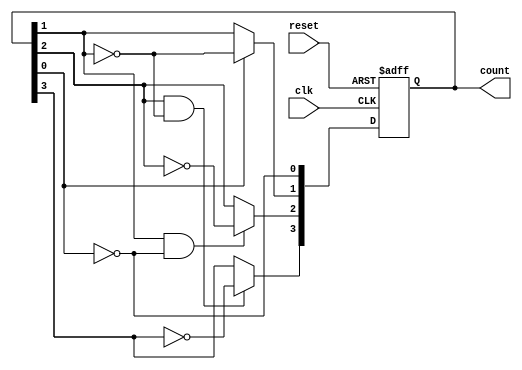
module async_counter (
    input wire clk,          // Clock input
    input wire reset,        // Asynchronous reset input
    output reg [n-1:0] count // Output count
);
    parameter n = 4; // Number of bits (change as needed)

    always @(posedge clk or posedge reset) begin
        if (reset) begin
            count <= 0; // Reset the counter to 0
        end else begin
            count[0] <= ~count[0]; // Toggle the least significant bit
            // Ripple effect for the remaining bits
            count[1] <= count[0] ? ~count[1] : count[1];
            count[2] <= (count[1] & ~count[0]) ? ~count[2] : count[2];
            count[3] <= (count[2] & ~count[1]) ? ~count[3] : count[3];
            // Add more bits as necessary
        end
    end
endmodule